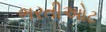
ભરતીઓટ